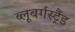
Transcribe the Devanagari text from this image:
ब्‍लूबर्गस्‍ट्रैंड